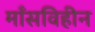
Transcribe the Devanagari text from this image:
माँसविहीन